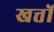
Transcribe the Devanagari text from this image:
खत्तों